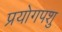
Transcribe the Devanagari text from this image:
प्रयोगपशु